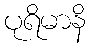
ပုရိမာနိ